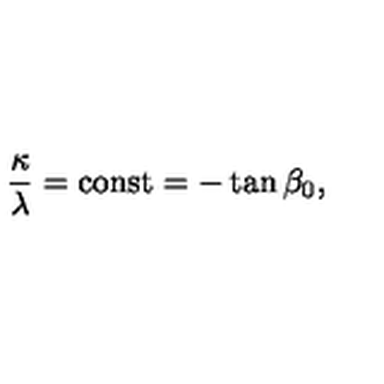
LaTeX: \frac { \kappa } { \lambda } = \mathrm { c o n s t } = - \tan { \beta _ { 0 } } ,